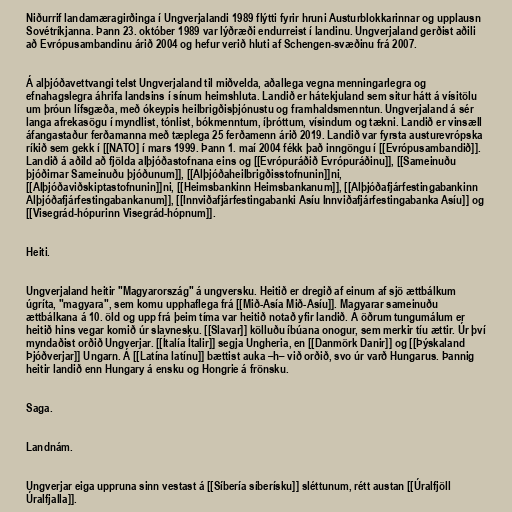
Niðurrif landamæragirðinga í Ungverjalandi 1989 flýtti fyrir hruni Austurblokkarinnar og upplausn
Sovétríkjanna. Þann 23. október 1989 var lýðræði endurreist í landinu. Ungverjaland gerðist aðili
að Evrópusambandinu árið 2004 og hefur verið hluti af Schengen-svæðinu frá 2007.

Á alþjóðavettvangi telst Ungverjaland til miðvelda, aðallega vegna menningarlegra og
efnahagslegra áhrifa landsins í sínum heimshluta. Landið er hátekjuland sem situr hátt á vísitölu
um þróun lífsgæða, með ókeypis heilbrigðisþjónustu og framhaldsmenntun. Ungverjaland á sér
langa afrekasögu í myndlist, tónlist, bókmenntum, íþróttum, vísindum og tækni. Landið er vinsæll
áfangastaður ferðamanna með tæplega 25 ferðamenn árið 2019. Landið var fyrsta austurevrópska
ríkið sem gekk í [[NATO] í mars 1999. Þann 1. maí 2004 fékk það inngöngu í [[Evrópusambandið]].
Landið á aðild að fjölda alþjóðastofnana eins og [[Evrópuráðið Evrópuráðinu]], [[Sameinuðu
þjóðirnar Sameinuðu þjóðunum]], [[Alþjóðaheilbrigðisstofnunin]]ni,
[[Alþjóðaviðskiptastofnunin]]ni, [[Heimsbankinn Heimsbankanum]], [[Alþjóðafjárfestingabankinn
Alþjóðafjárfestingabankanum]], [[Innviðafjárfestingabanki Asíu Innviðafjárfestingabanka Asíu]] og
[[Visegrád-hópurinn Visegrád-hópnum]].

Heiti.

Ungverjaland heitir "Magyarország" á ungversku. Heitið er dregið af einum af sjö ættbálkum
úgríta, "magyara", sem komu upphaflega frá [[Mið-Asía Mið-Asíu]]. Magyarar sameinuðu
ættbálkana á 10. öld og upp frá þeim tíma var heitið notað yfir landið. Á öðrum tungumálum er
heitið hins vegar komið úr slavnesku. [[Slavar]] kölluðu íbúana onogur, sem merkir tíu ættir. Úr því
myndaðist orðið Ungverjar. [[Ítalía Ítalir]] segja Ungheria, en [[Danmörk Danir]] og [[Þýskaland
Þjóðverjar]] Ungarn. Á [[Latína latínu]] bættist auka –h– við orðið, svo úr varð Hungarus. Þannig
heitir landið enn Hungary á ensku og Hongrie á frönsku.

Saga.

Landnám.

Ungverjar eiga uppruna sinn vestast á [[Síbería síberísku]] sléttunum, rétt austan [[Úralfjöll
Úralfjalla]].